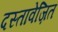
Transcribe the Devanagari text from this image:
दस्तावेज़ित